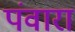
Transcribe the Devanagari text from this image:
पंवारा